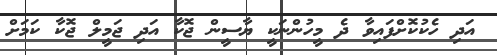
އަދި ހެކުކޮށްފައިވާ ދެ މީހުންނަކީ ޔާސީން ޖޮކާ އަދި ޖަމީލް ޖޮކާ ކަމަށް